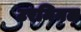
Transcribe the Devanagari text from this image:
टरमिनल